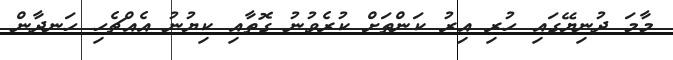
މާމަ ދުނިޔޭގައި ހުރި އިރު ކަންތަށް ކުރެވުނު ގޮތާއި ކިޔުނު އެއްޗެހި ހަނދާން